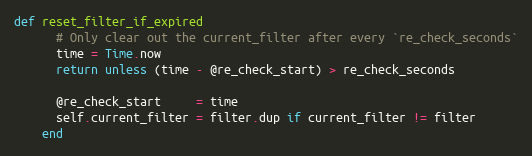
Language: Ruby
def reset_filter_if_expired
      # Only clear out the current_filter after every `re_check_seconds`
      time = Time.now
      return unless (time - @re_check_start) > re_check_seconds

      @re_check_start     = time
      self.current_filter = filter.dup if current_filter != filter
    end